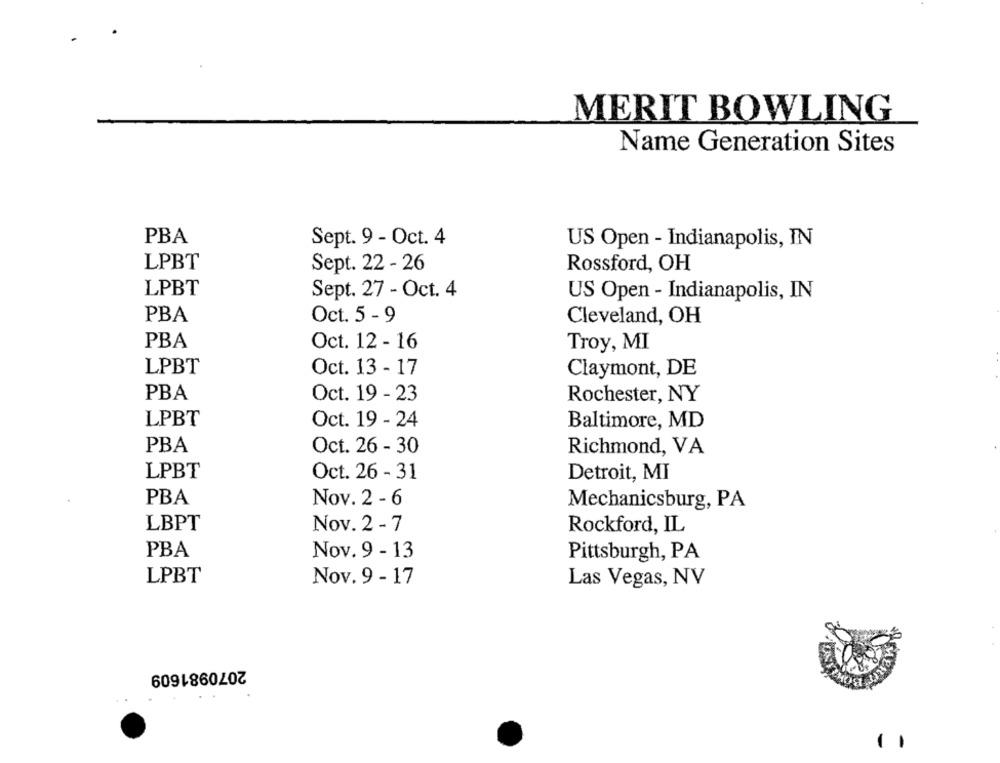
MERIT BOWLING
Name Generation Sites
PBA
Sept. 9 - Oct. 4
US Open - Indianapolis, IN
LPBT
Sept. 22 - 26
Rossford, OH
LPBT
Sept. 27 - Oct. 4
US Open - Indianapolis, IN
PBA
Oct. 5 - 9
Cleveland, OH
PBA
Oct. 12 - 16
Troy, MI
LPBT
Oct. 13 - 17
Claymont, DE
PBA
Oct. 19 - 23
Rochester, NY
LPBT
Oct. 19 - 24
Baltimore, MD
PBA
Oct. 26 - 30
Richmond, VA
LPBT
Oct. 26 - 31
Detroit, MI
PBA
Nov. 2 - 6
Mechanicsburg, PA
LBPT
Nov. 2 - 7
Rockford, IL
PBA
Nov. 9 - 13
Pittsburgh, PA
LPBT
Nov. 9 - 17
Las Vegas, NV
2070981609